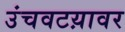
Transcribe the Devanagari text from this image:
उंचवटय़ावर